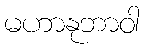
မဟာနုဘာဝါ